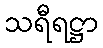
သရီရဋ္ဌာ